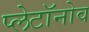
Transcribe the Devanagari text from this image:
प्लेटॉनोव